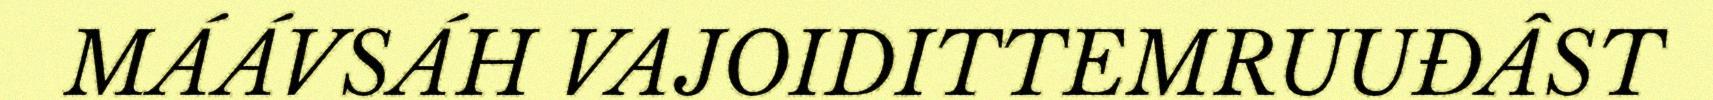
MÁÁVSÁH VAJOIDITTEMRUUĐÂST